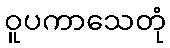
ဝူပကာသေတုံ